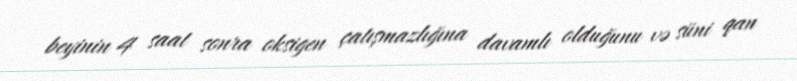
beyinin 4 saat sonra oksigen çatışmazlığına davamlı olduğunu və süni qan